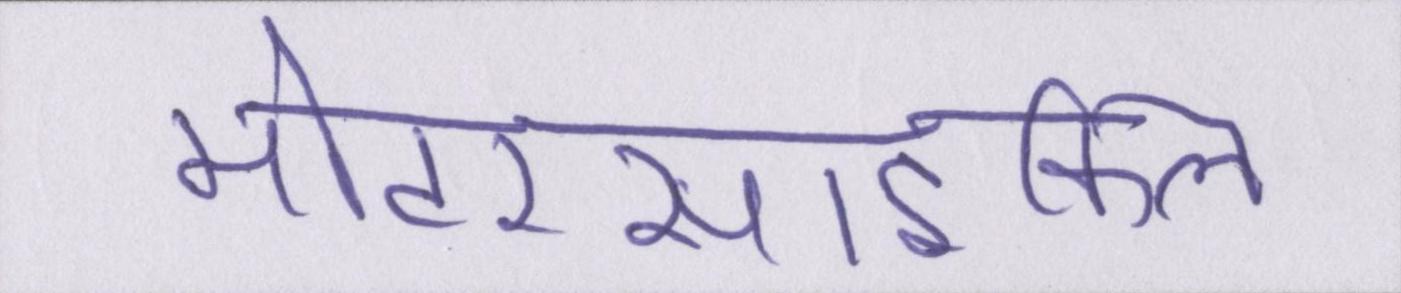
मोटरसाइकिल